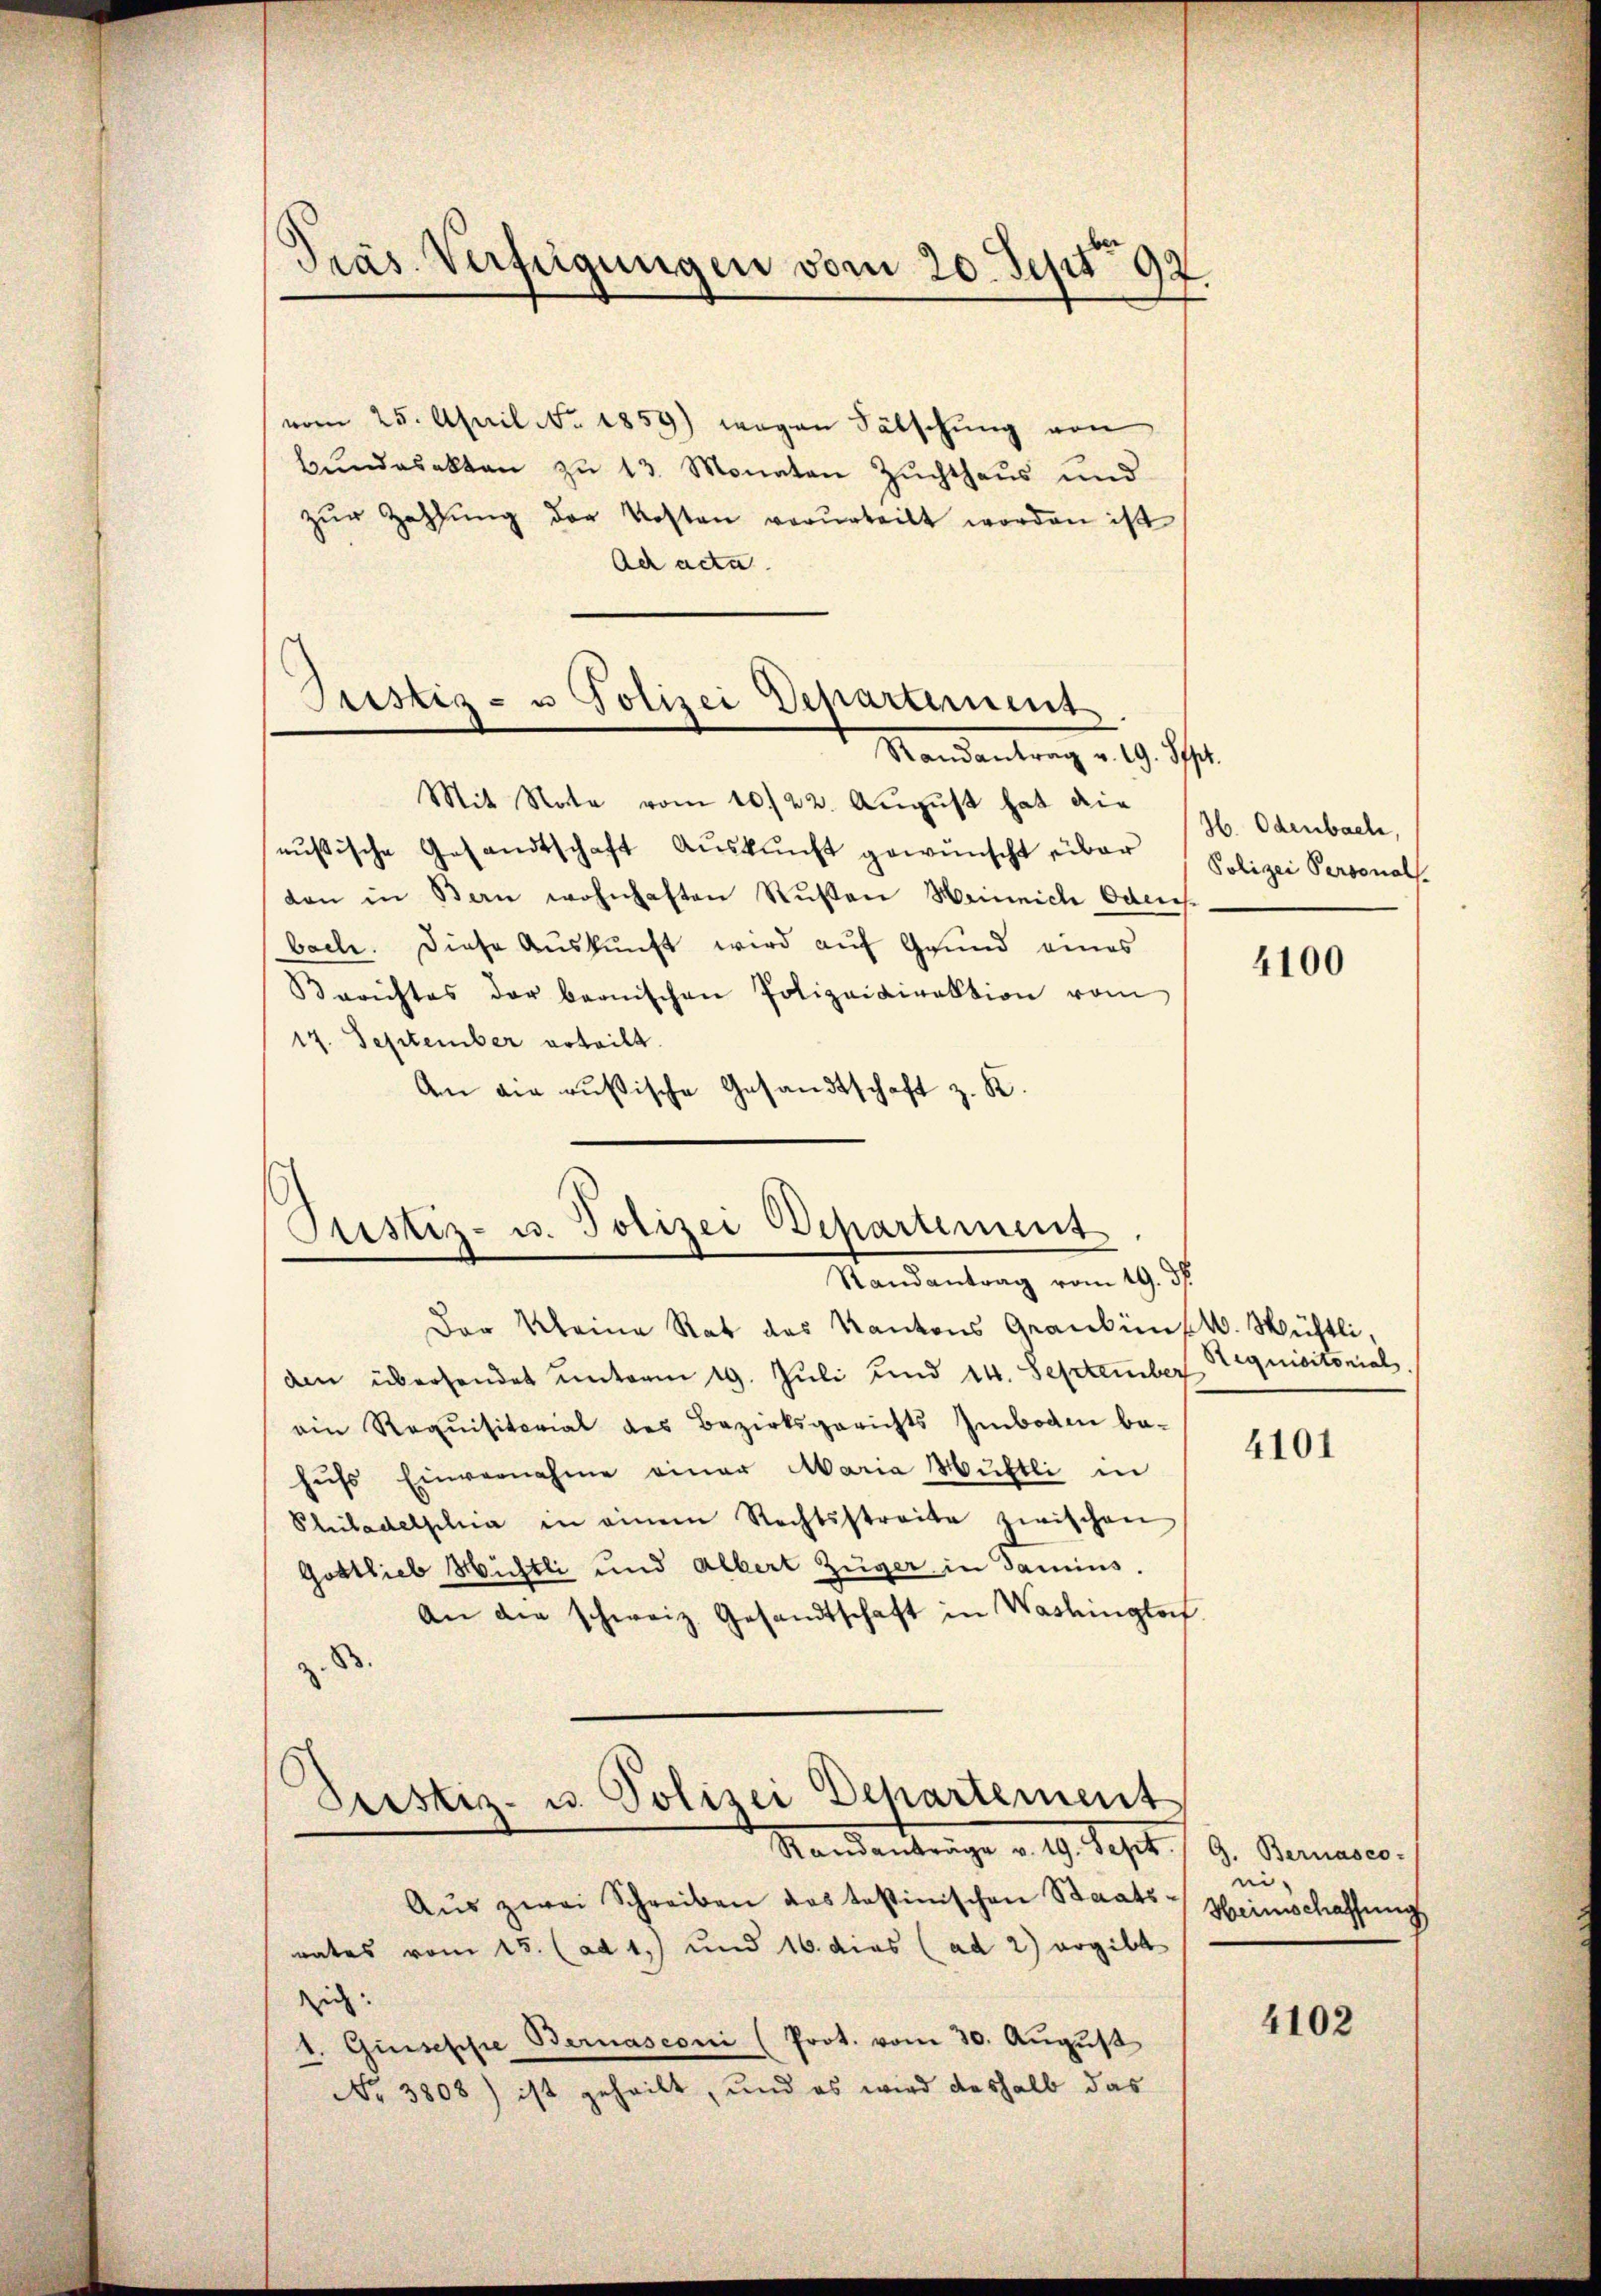
Präs. Verfügungen vom 20. Sept. 92

vom 25. April No. 1859.) wegen Fälschung von
bŭndesakten zŭ 13. Monaten Zŭchthaŭs und
zŭr Zahlung der Kosten verurteilt worden ist
Ach acta.

Pristiz- u Polizei Departement
Mandantrag v. 9. des

Pustiz- u. Polizei Departement
Randantrag vom 19. dh.

Mit Note vom 10/22. August hat die
eußische Gesandtschaft Auskunft gewünscht über
den in Bern wohnhaften Rŭsen Heinrich Odensbach. Diese Auskunft wird auf Grund eines
Berichtes der bernischen Polizeidirektion vom
17. September erteilt.
An die rusische Gesandtschaft z. K.

Der Kleine Rat des Kantons Graubünfk. Müstli,
den übersendet unterm 19. Juli und 14. September requisitonial
ein Requisitorial des Bezirksgerichts Imboden be-
hŭfs Einvernahme einer Maria Müstli in
Philadelphia in einem Rechtsstreite zwischen
Gottlieb Wichtli und Albert Züger in damins.
An die schweiz. Gesandtschaft in Washington
z. B.
Justiz- u. Polizei Departement
Standentrage v. 19. Sept.
Aŭs zwei Schreiben das testinischen Staatsrates vom 15. (ad 1, und 16. dies (ad 2) ergibt
zig.
1. Guisesse Bernasconi (Prot. vom 30. August
No 3808) ist geheilt, und es wird deshalb das

H. Odenbach,
Polizei Personals.

4100

4101

G. Bernasco-
ei-
Heimschaffung

4102